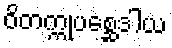
ဝိတက္ကုပစ္ဆေဒါယ